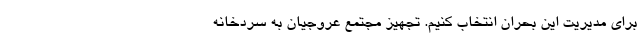
برای مدیریت این بحران انتخاب کنیم. تجهیز مجتمع عروجیان به سردخانه